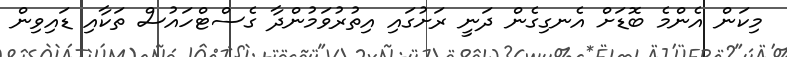
މިކަން އެންމެ ބޮޑަށް އެނގިގެން ދަނީ ރަށުގައި އިތުރުވަމުންދާ ގެސްޓްހައުސް ތަކާއި ޑައިވިން